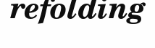
refolding